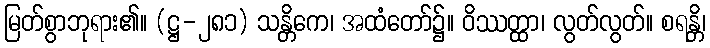
မြတ်စွာဘုရား၏။ (ဋ္ဌ-၂၈၁) သန္တိကေ၊ အထံတော်၌။ ဝိဿတ္ထာ၊ လွတ်လွတ်။ စရန္တိ၊